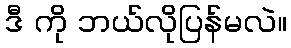
ဒီ ကို ဘယ်လိုပြန်မလဲ။